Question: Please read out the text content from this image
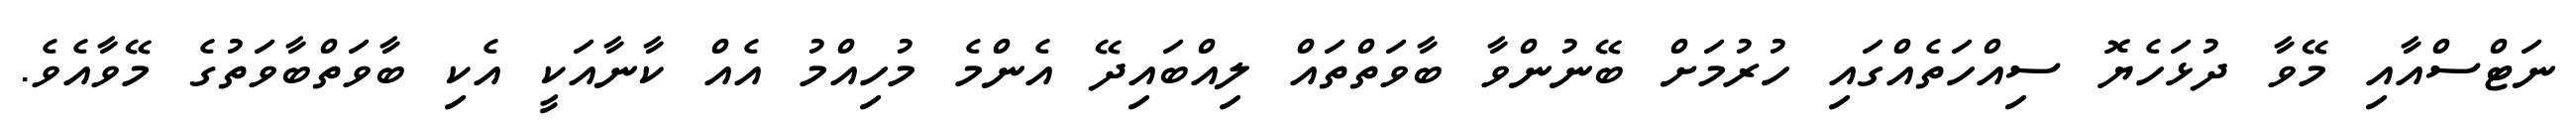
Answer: ނަޓްސްއާއި މޭވާ ދުޅަހެޔޮ ސިއްހަތެއްގައި ހުރުމަށް ބޭނުންވާ ބާވަތްތައް ލިއްބައިދޭ އެންމެ މުހިއްމު އެއް ކާނާއަކީ އެކި ބާވަތްބާވަތުގެ މޭވާއެވެ.